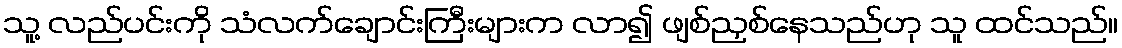
သူ့ လည်ပင်းကို သံလက်ချောင်းကြီးများက လာ၍ ဖျစ်ညှစ်နေသည်ဟု သူ ထင်သည်။